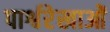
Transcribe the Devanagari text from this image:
पार्श्वरेखाओं